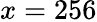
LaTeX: x=256